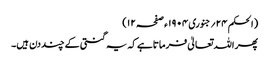
(الحکم ۲۴؍جنوری ۱۹۰۴ ء صفحہ ۱۲)
پھر اللہ تعالیٰ فرماتاہے کہ یہ گنتی کے چند دن ہیں۔